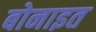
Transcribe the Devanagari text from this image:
बोनाइत